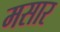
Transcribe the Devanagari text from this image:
मसार